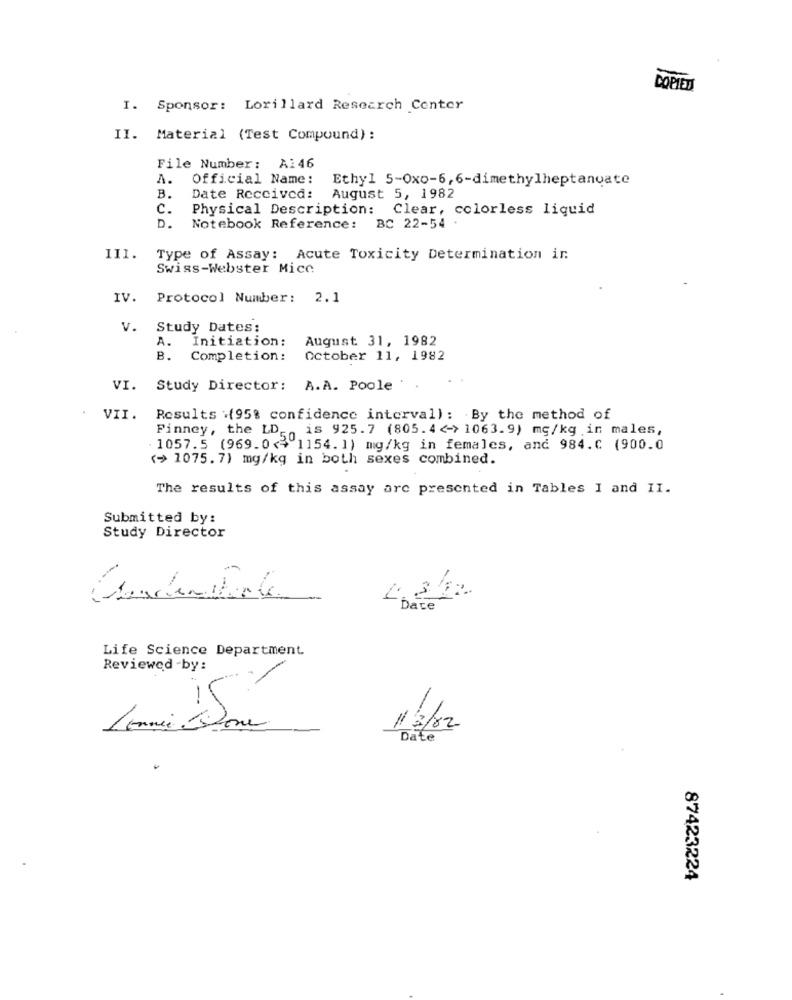
COPIED
I. Sponsor: Lorillard Research Center
II. Material (Test Compound) :
File Number: A146
A.
Official Name:
Ethyl 5-0xo-6, 6-dimethylheptanoate
B.
Date Received:
August 5, 1982
C.
Physical Description: Clear, colorless liquid
D.
Notebook Reference:
BC 22-54 .
III.
Type of Assay: Acute Toxicity Determination in
Swiss-Webster Mice
IV.
Protocol Number: 2.1
v.
Study Dates:
A.
Initiation:
August 31, 1982
B.
Completion :
October 11, 1982
VI.
Study Director:
A.A. Poole
VII.
Results .(95% confidence interval) : By the method of
Finney, the LD,is 925.7 (805.4 <- > 1063.9) mg/kg in males,
1057.5 (969.0<3 1154. 1) mg/kg in females, and 984.C (900.0
<> 1075. 7) mg/kg in both sexes combined.
The results of this assay are presented in Tables I and II.
Submitted by:
Study Director
4.322
Date
Life Science Department.
Reviewed -by :
P2
/3/02
Date
87423224